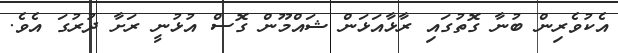
އެކުވެރިން ބުނާ ގޮތުގައި ރާޅާއަޅަން ޝައްމޫން ގޮސް އުޅުނީ ރަށާ ދުރުގަ އެވެ.